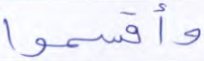
وأقسموا